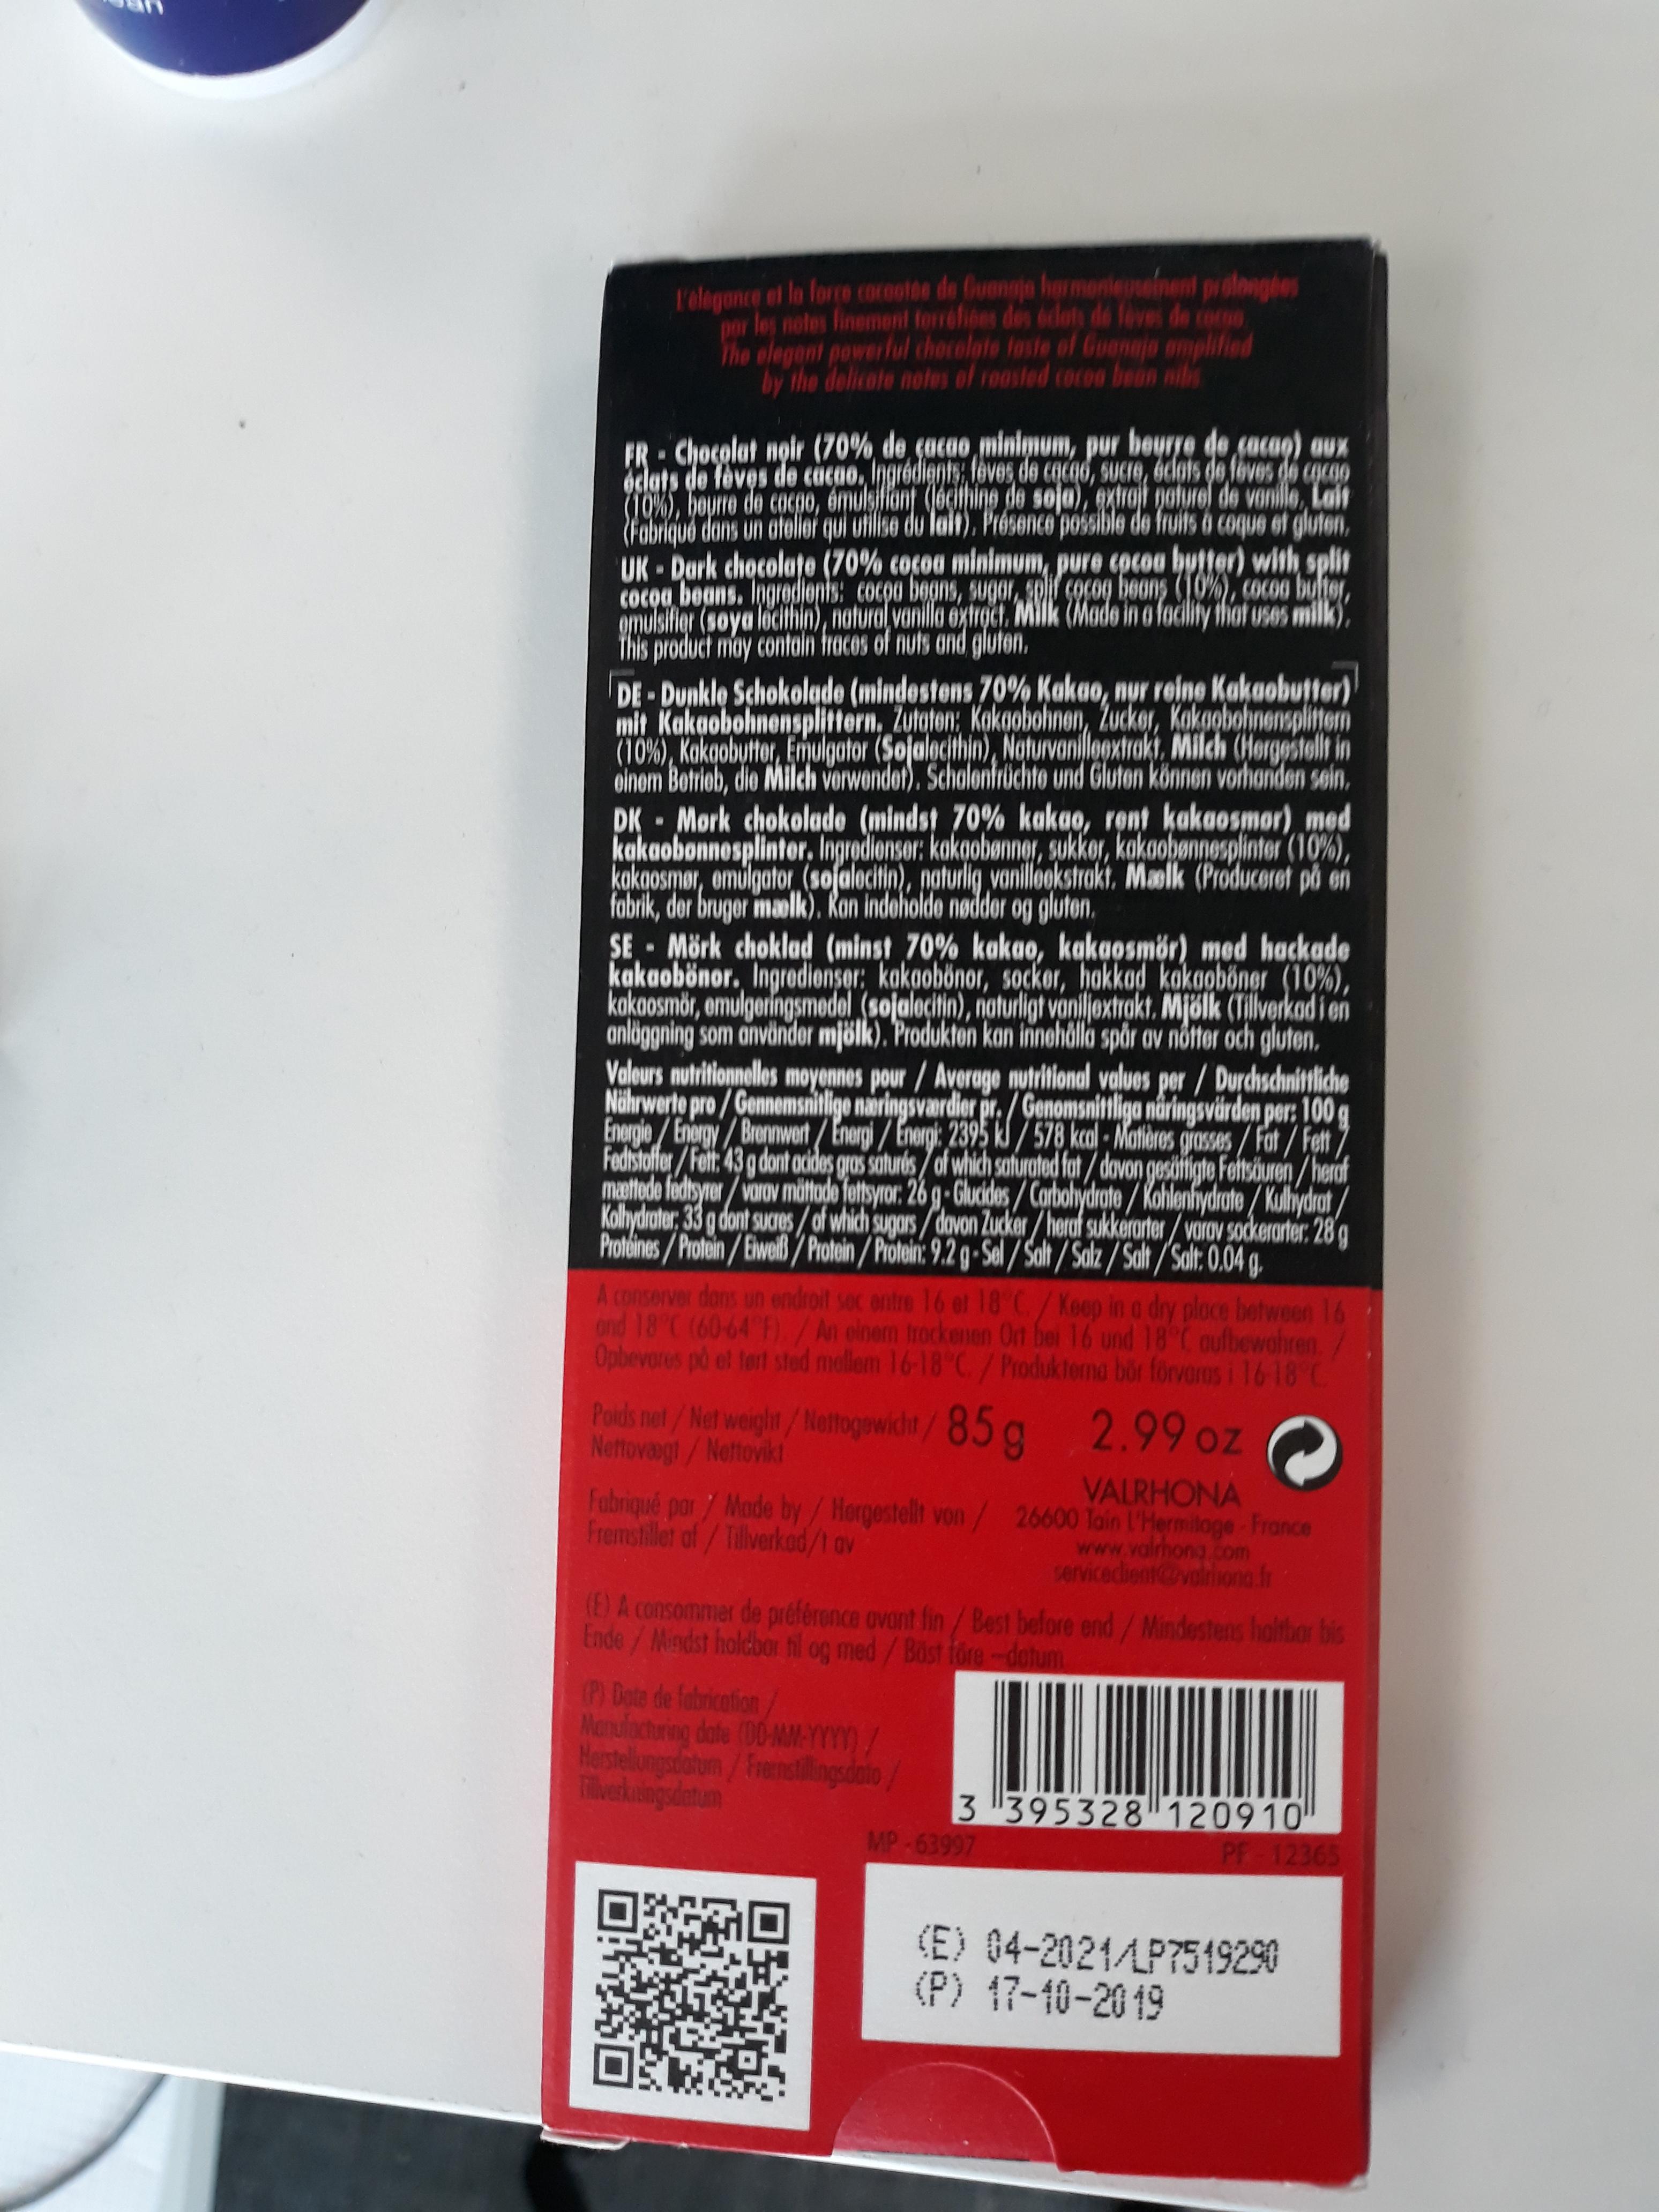
V'élegonce et la force (ocootde de Guengja hermenteeinent prolongbes por les notes finement forréliées des 6dlofs de leves de coc0 The elegont powerful chocolate foste of Guanaja omplified by the delicate notes of roasted cocoa bean nibs FR Chocolat noir (70% de cacuo minimum, pur beurre de cacag) aux oclats de feves de cucuo, Ingrédients leves de cacad, sucre, écdats de foves de cocao TO%), bourre de cocpo, ómulsitiant Jacithing de soja), extrat poturel de vanile, Lait Fabrique dons un atolier qui utilise du lait). Présenceo posible de fruits a coque of gluten, UK-Dark chocolate (70% cocoa minimum, pure cocoa butter) with split Cocou beans. Ingredonts: cocpa beons, sugar, solf socog beans (10%), cocoa bulter, omulsitier (soya locithin), natural vanilla extract. Milk (Made in a facility thot uses milk), This product may contain tfracos of nuts and gluten. DE -Dunkle Schokolade (mindestens 70% Kakao, nur reine Kakaobutter) mit Kakaobohnensplittern, Zutoton: Kokgobohneon, Zuckor, Kakaobohnensplitem (10%), Kakaobyttor, Emulgator (Sojalocithin), Naturvanillooxtrakt, Milch (Horgestollt in olnom Botriob, die Milch vorwondot). Scholontrüchto und Gluton können vorhanden sein. DK - Mork chokolade (mindst 70% kakao, rent kakaosmor) med kakaobonnosplintor. Ingrodionsor: kakgobønner, sukkor, kokaoponnesplintor (10%), kakgosmor, omulgator (sofalocitin), naturlig vanillookstrakt, Maolk (Produceret på on fabrik, der bruger maolk). Ran indoholde nodder og gluton. SE - Mörk choklad (minst 70% kakao, kakgosmör) med hackade kakaobönor. Ingrodionsor: kakaobönor, sockor, hakkad kakaoböner (10%), kakaosmör, omulgeringsmodol (sofalocitin), naturligt vaniljoxtrokt. Mjölk (Tillverkadien anläggning som använder mjölk). Produkton kan innohålla spår av nőtter och gluten. Valeurs nutritionnelles moyonnos pour/ Average nutritional values per/Durchschnittliche Nährwerte pro / Gonnemsnitlige naringsvardier pr./Genomsnitiliga nåringsvärden per: 100 g Enorgio/Energy/Bronnwert/Energi/ Enorgi: 2395 kl / 578 kcal - Matieres grasses/Fot / Fett Fedistoffer/Felt: 43g dont acides gras saturés/of which saturated fot/dovon gesifigte Fehsduren / heraf mettede fedsyrer / varov mättode fetyor 26 g- Glucides / Corbolydrate / Kohlenhydrate / Kulhydrat/ Kolhydrater, 33 g dont sucres/ of which sugars /dovon Zucker /heraf sukkerarter / varov sockerarter: 28 g Protéines/Protain/Ewll/Prtein/Protein: 9.2 g-Sel / Solt /Salz / Salt /Salt: 0.04 g. A conserver dons un endroit sec ontre 16 et 18 C/Keep in a dry ploce betwoen 16 ond 18 C (60-64 F)/An einem trockenen On bei 16 und 18 C oufbewahren. Opbevores po el tert sted mellem 16-18 C./Produktena bör förvorms i 16618 C Pods nat/Net weight/Natogmwidt/85g Nettovagt/Nettovikt 2.99 oz VALRHONA Fabriqué par 7 Made by/Horgestellt von/ 26600 Tain L'Hermilage-France Fremstillet of/Tilverkad/t av www.valhona.com ervicedient@valriona.fr (E) A consommer de préférence ovant fin/Best before end/Mindestens holtbor bis Ende/Mindst holdbor tl og med/Bast fdre-dotum (P) Dote de fabrication Nanudachuring date (00-MM-Ym/ Herstellungadatum/Frenstilingsdato/ Tilverkaingodatum 3 395328 120910 MP-63997 PF-12365 (E) 04-2021/LP7519290 (P) 17-10-2019